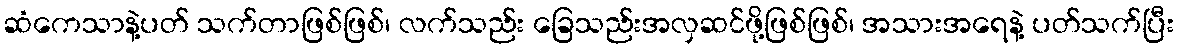
ဆံကေသာနဲ့ပတ် သက်တာဖြစ်ဖြစ်၊ လက်သည်း ခြေသည်းအလှဆင်ဖို့ဖြစ်ဖြစ်၊ အသားအရေနဲ့ ပတ်သက်ပြီး